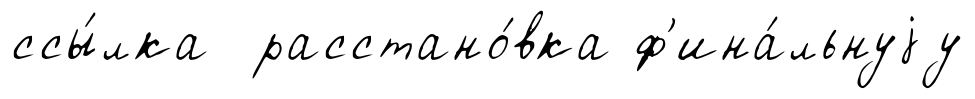
ссы́лка расстано́вка ф'ина́льнуjу